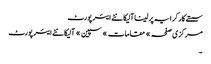
سستے کار کرایہ پر لینا آلیکانٹے ایئر پورٹ
مرکزی صفحہ » مقامات » سپین » آلیکانٹے ایئر پورٹ
۔